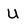
Character: U